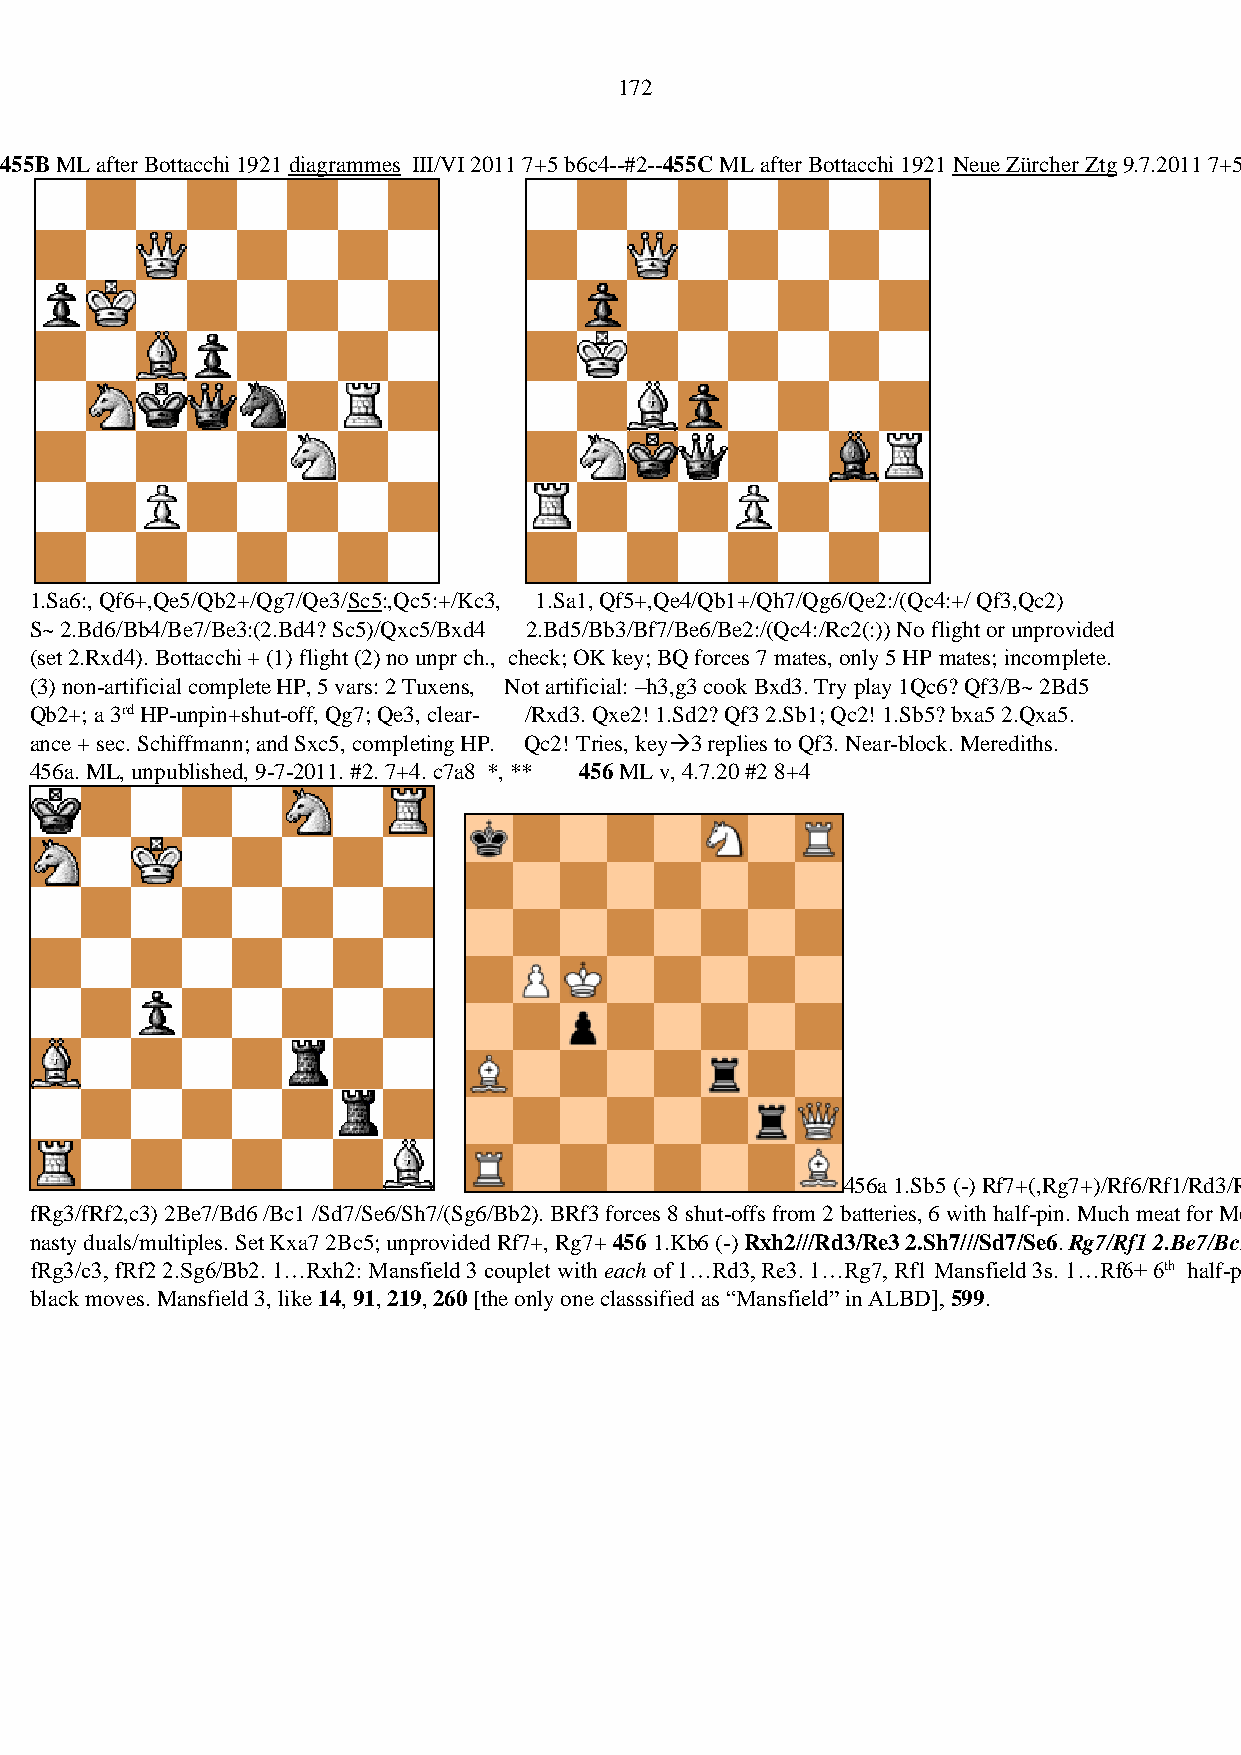
172
 455B ML after Bottacchi 1921 diagrammes III/VI 2011 7+5 b6c4--#2--455C ML after Bottacchi 1921 Neue Zürcher Ztg 9.7.2011 7+5 b5c3 *, **
 1.Sa6:, Qf6+,Qe5/Qb2+/Qg7/Qe3/Sc5:,Qc5:+/Kc3, 1.Sa1, Qf5+,Qe4/Qb1+/Qh7/Qg6/Qe2:/(Qc4:+/ Qf3,Qc2)
 S~ 2.Bd6/Bb4/Be7/Be3:(2.Bd4? Sc5)/Qxc5/Bxd4 2.Bd5/Bb3/Bf7/Be6/Be2:/(Qc4:/Rc2(:)) No flight or unprovided
 (set 2.Rxd4). Bottacchi + (1) flight (2) no unpr ch., check; OK key; BQ forces 7 mates, only 5 HP mates; incomplete.
 (3) non-artificial complete HP, 5 vars: 2 Tuxens, Not artificial: –h3,g3 cook Bxd3. Try play 1Qc6? Qf3/B~ 2Bd5
 Qb2+; a 3rd HP-unpin+shut-off, Qg7; Qe3, clear- /Rxd3. Qxe2! 1.Sd2? Qf3 2.Sb1; Qc2! 1.Sb5? bxa5 2.Qxa5.
 ance + sec. Schiffmann; and Sxc5, completing HP. Qc2! Tries, key→3 replies to Qf3. Near-block. Merediths.
 456a. ML, unpublished, 9-7-2011. #2. 7+4. c7a8 *, ** 456 ML v, 4.7.20 #2 8+4
 456a 1.Sb5 (-) Rf7+(,Rg7+)/Rf6/Rf1/Rd3/Re3/Rh3/(
 fRg3/fRf2,c3) 2Be7/Bd6 /Bc1 /Sd7/Se6/Sh7/(Sg6/Bb2). BRf3 forces 8 shut-offs from 2 batteries, 6 with half-pin. Much meat for Meredith; 1... Rxa3,Rxf8,gR~
 nasty duals/multiples. Set Kxa7 2Bc5; unprovided Rf7+, Rg7+ 456 1.Kb6 (-) Rxh2///Rd3/Re3 2.Sh7///Sd7/Se6. Rg7/Rf1 2.Be7/Bc1. Rf4,Rf6+ 2.Bd6.
 fRg3/c3, fRf2 2.Sg6/Bb2. 1…Rxh2: Mansfield 3 couplet with each of 1…Rd3, Re3. 1…Rg7, Rf1 Mansfield 3s. 1…Rf6+ 6th half-pin. Duals/multiples follow silly
 black moves. Mansfield 3, like 14, 91, 219, 260 [the only one classsified as “Mansfield” in ALBD], 599.